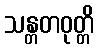
သန္တတဝုတ္တိ